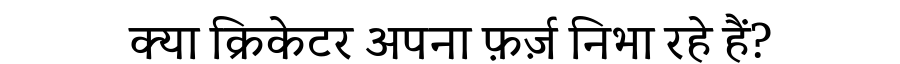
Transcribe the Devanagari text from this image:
क्या क्रिकेटर अपना फ़र्ज़ निभा रहे हैं?